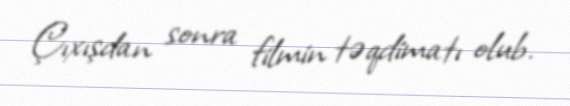
Çıxışdan sonra filmin təqdimatı olub.